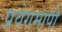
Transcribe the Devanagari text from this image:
प्रवेगमापी